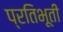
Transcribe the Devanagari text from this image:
प्रतिभूती